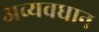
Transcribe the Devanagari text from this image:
अव्यवधान